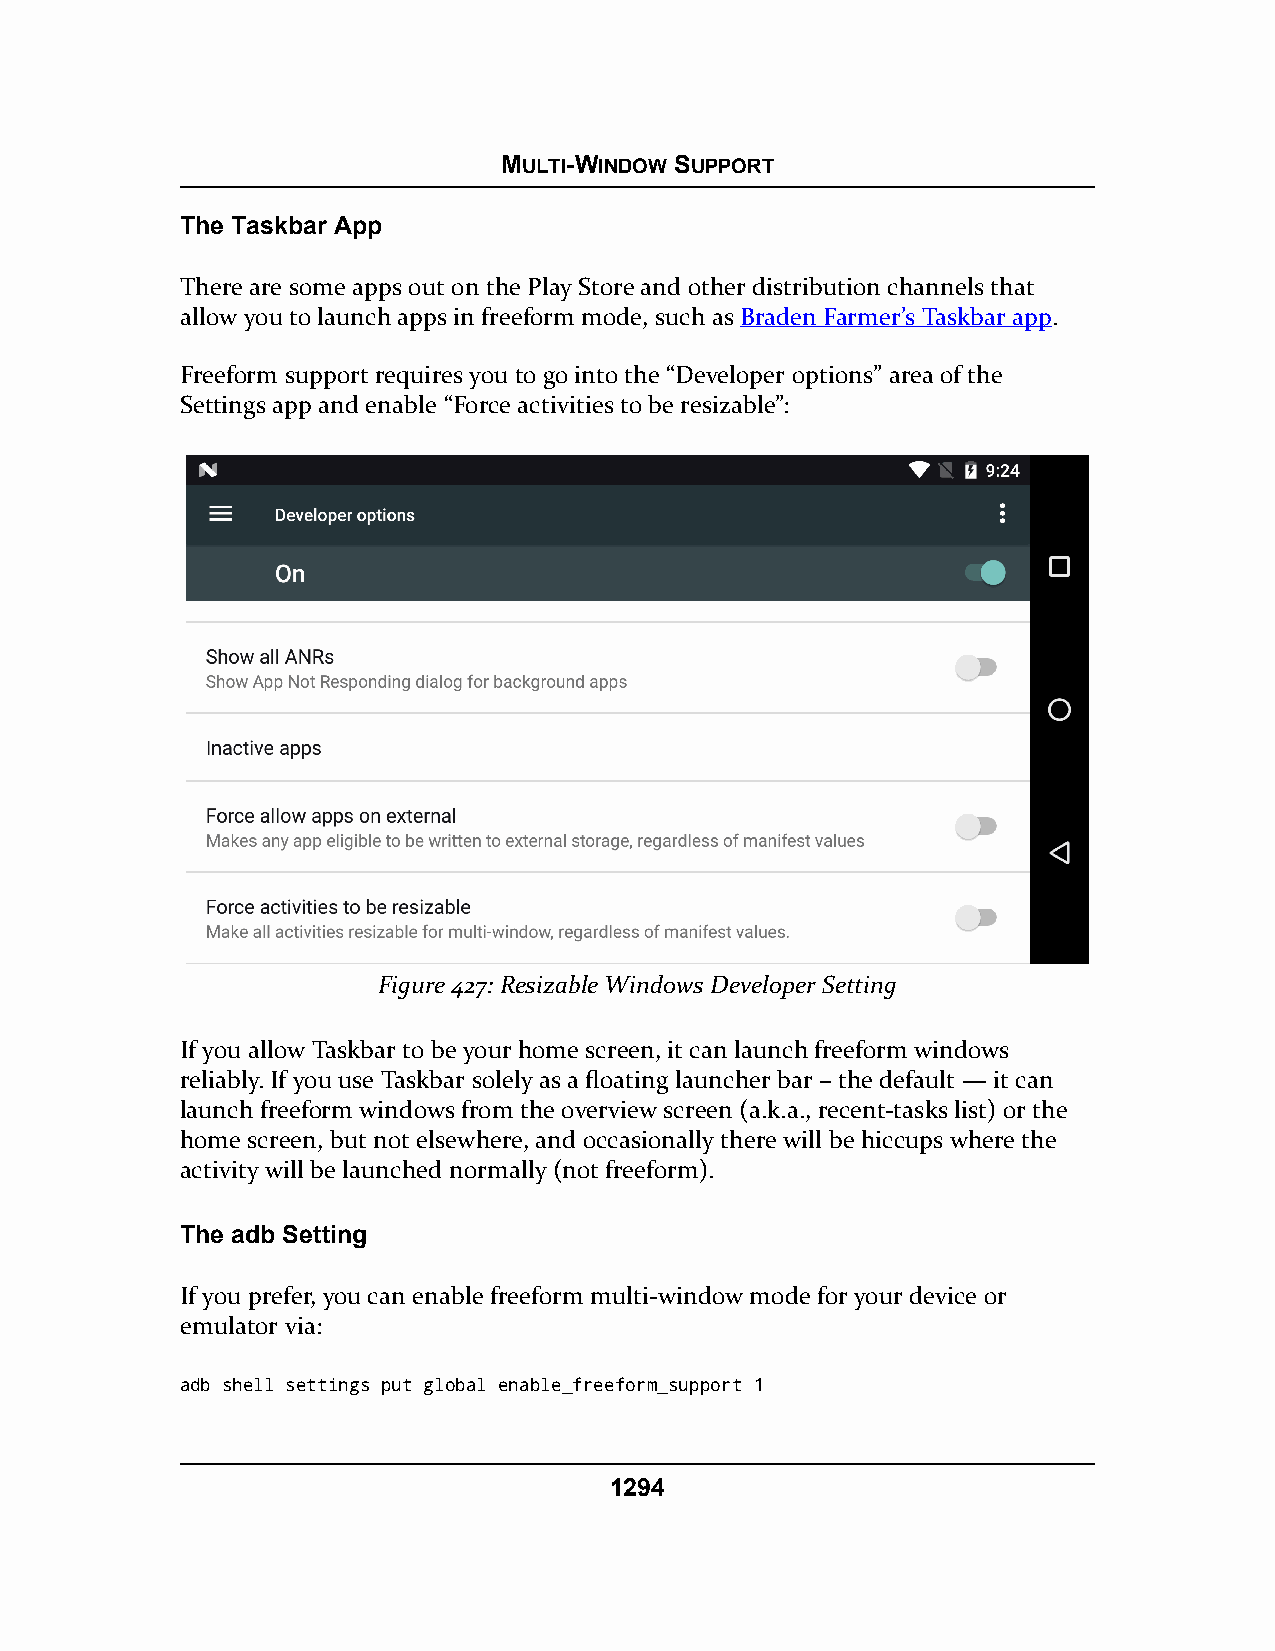
MULTI-WINDOW SUPPORT
 The Taskbar App
 There are some apps out on the Play Store and other distribution channels that
 allow you to launch apps in freeform mode, such as Braden Farmer’s Taskbar app.
 Freeform support requires you to go into the “Developer options” area of the
 Settings app and enable “Force activities to be resizable”:
 Figure 427: Resizable Windows Developer Setting
 If you allow Taskbar to be your home screen, it can launch freeform windows
 reliably. If you use Taskbar solely as a floating launcher bar – the default — it can
 launch freeform windows from the overview screen (a.k.a., recent-tasks list) or the
 home screen, but not elsewhere, and occasionally there will be hiccups where the
 activity will be launched normally (not freeform).
 The adb Setting
 If you prefer, you can enable freeform multi-window mode for your device or
 emulator via:
 adb shell settings put global enable_freeform_support 1
 1294